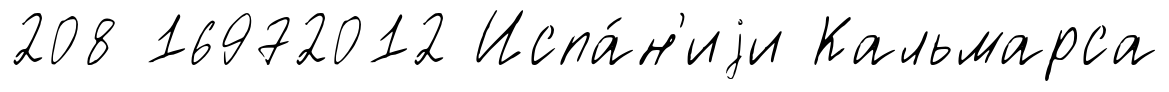
208 16972012 Испа́н'иjи Кальмарса